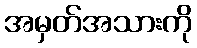
အမှတ်အသားကို